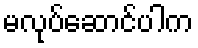
မလုပ်ဆောင်ပါက